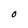
Character: 0